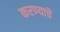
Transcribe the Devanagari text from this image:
करण्याचॆ